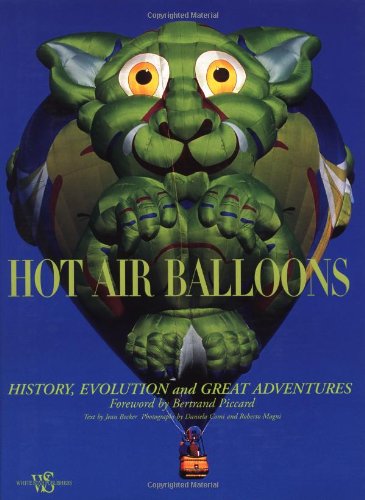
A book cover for Hot Air Balloons: History, Evolution and Great Adventures (Hobbies and Sports); Jean Becker; Sports & Outdoors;